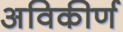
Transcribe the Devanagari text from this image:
अविकीर्ण